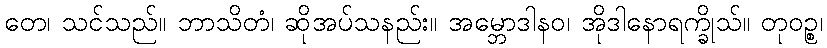
တေ၊ သင်သည်။ ဘာသိတံ၊ ဆိုအပ်သနည်း။ အမ္ဘောဒါနဝ၊ အိုဒါနောရက္ခိုသ်။ တုဝဉ္စ၊